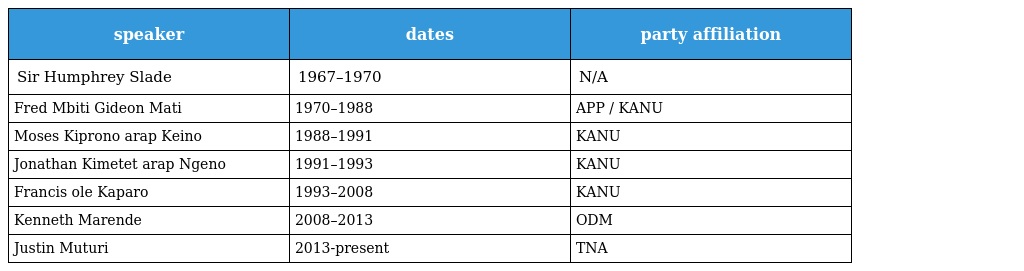
| speaker | dates | party affiliation |
 | --- | --- | --- |
 | Sir Humphrey Slade | 1967–1970 | N/A |
 | Fred Mbiti Gideon Mati | 1970–1988 | APP / KANU |
 | Moses Kiprono arap Keino | 1988–1991 | KANU |
 | Jonathan Kimetet arap Ngeno | 1991–1993 | KANU |
 | Francis ole Kaparo | 1993–2008 | KANU |
 | Kenneth Marende | 2008–2013 | ODM |
 | Justin Muturi | 2013-present | TNA |